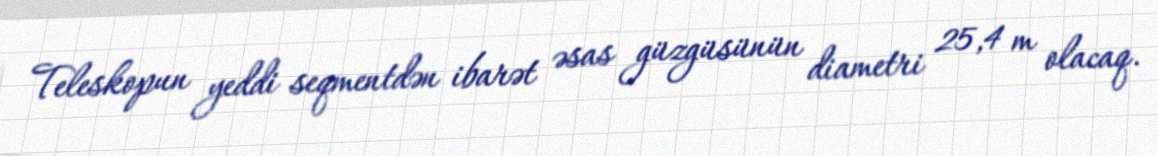
Teleskopun yeddi seqmentdən ibarət əsas güzgüsünün diametri 25,4 m olacaq.